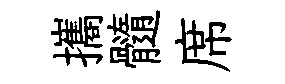
攜髓席